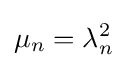
\displaystyle {\mu _{n}=\lambda _{n}^{2}}